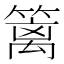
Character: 篱